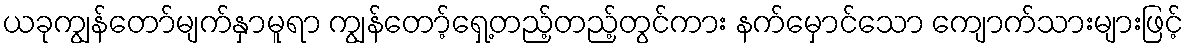
ယခုကျွန်တော်မျက်နှာမူရာ ကျွန်တော့်ရှေ့တည့်တည့်တွင်ကား နက်မှောင်သော ကျောက်သားများဖြင့်